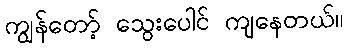
ကျွန်တော့် သွေးပေါင် ကျနေတယ်။